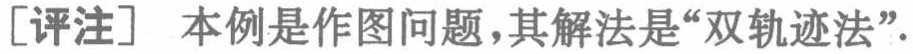
[评注] 本例是作图问题,其解法是“双轨迹法”.